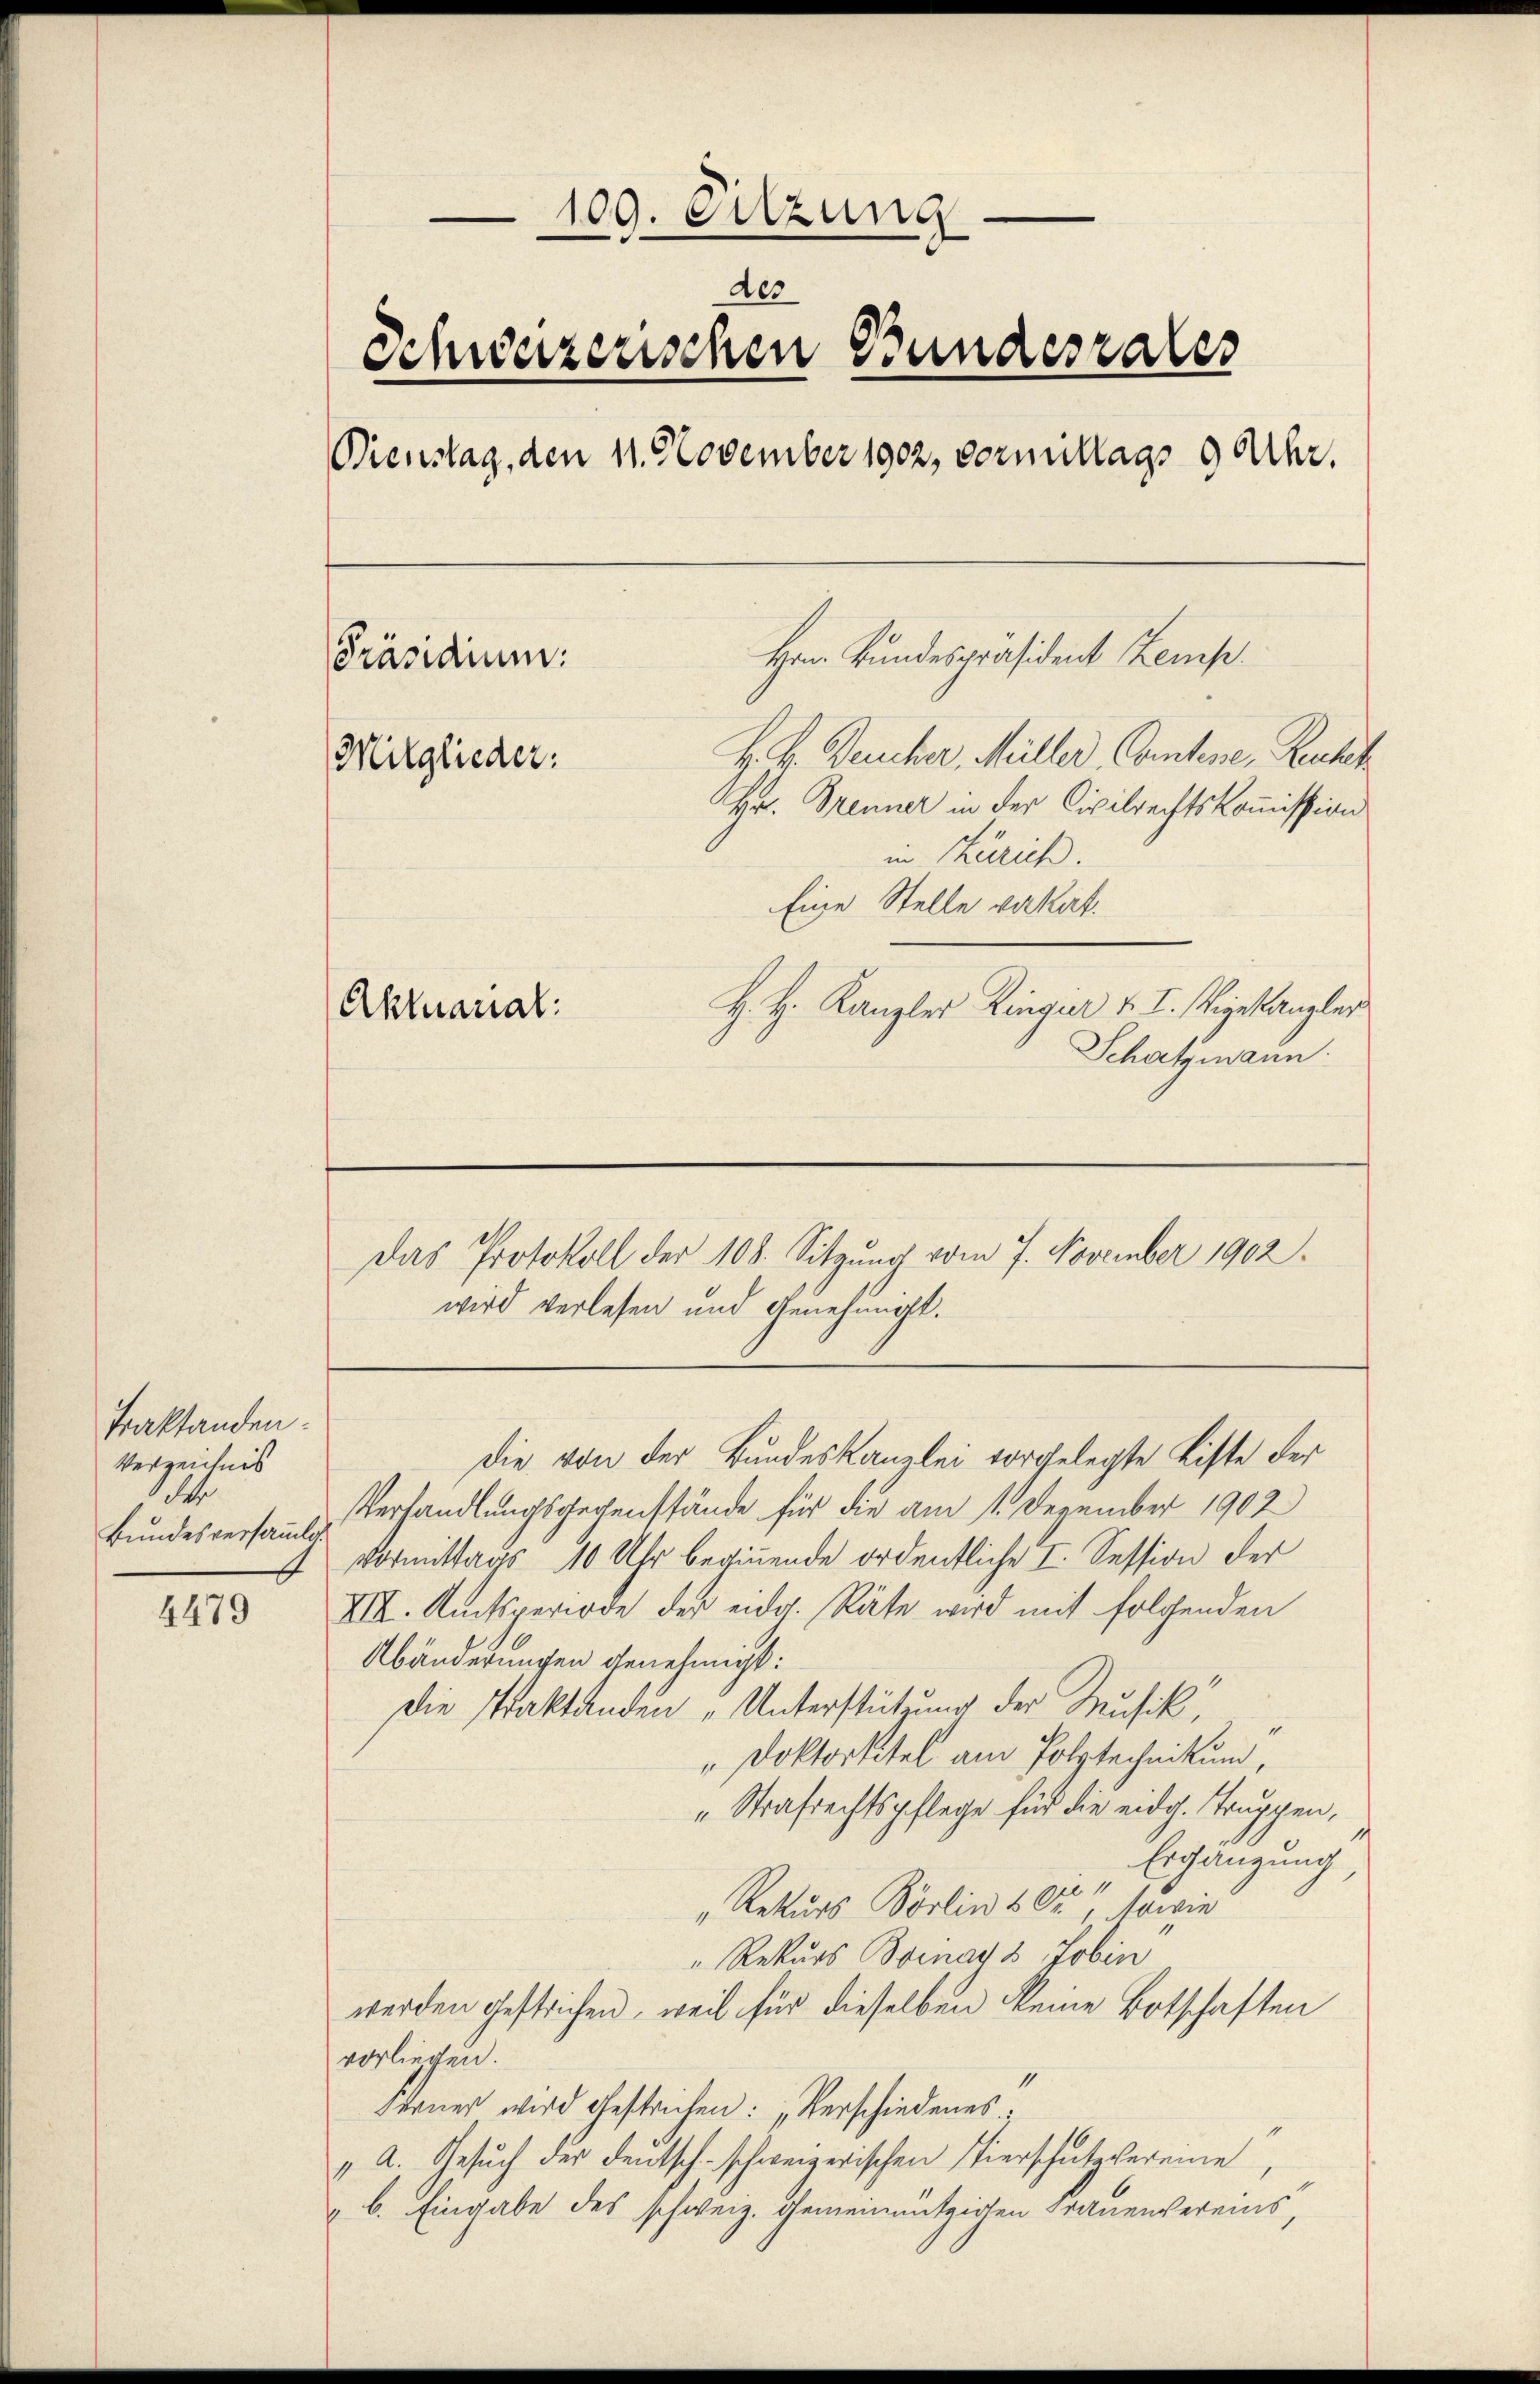
Traktanden.
Verzeichnis
e
Bundesversammlg.

4479

100. Sitzung
des
Schweizerischen Bundesrates
Dienstag, den 11. November 1902, vermittags 9 Uhr.
Hrn Bundespräsident Zemp.
[Präsidium:
H. H. Deucher, Müller, Contene, Ruchet
Mitglieder:
Hr. Trenner in der Civilrechtskommission
in Zürich.
Eine Stelle vakat.
H. H. Kanzler Ringier v. I. Wigekanzler
Aktuarial:
Schatzmann.

wird verlesen und Genehmigt.

Das Protokoll der 108. Sitzung vom 7. November 1902.

Verhandlungsgegenstände für die am 1. Dezember 1902
Vormittags 10 Uhr beginnende ordentliche I. Session der
VIII. Amtsperiode der eidg. Räte wird mit folgenden
Abänderungen genehmigt:
Die Praktanden „Unterstützung der Musik,
" Doktortitel am Polytechnikum,
„Strafrechtspflege für die eidg. Truppen,
Ergänzung,
61.
"Rekurs Pörlin 5 Fr., sowie
" Rekurs Bornay 3 Jobin
werden gestrichen, weil für dieselben keine Botschaften
vorliegen.
Steuer wird gestrichen: „Verschiedenes
" A. Gesŭch der deutsch-schweizerischen Tierschutzvereine,
". b. Eingabe des schweiz. gemeinnützigen Trauenvereins,

Die von der Bundeskanzlei vorgelegte Liste der